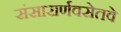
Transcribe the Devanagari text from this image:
संसारार्णवसेतवे